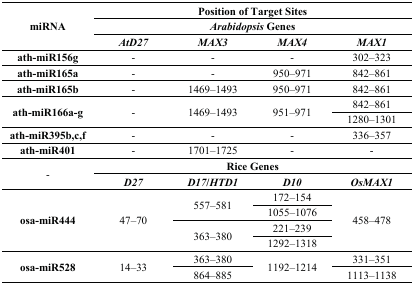
| <ROWSPAN=3> miRNA | <COLSPAN=4> Position of Target Sites |
 | <COLSPAN=4> Arabidopsis Genes |
 | AtD27 | MAX3 | MAX4 | MAX1 |
 | --- | --- | --- | --- | --- |
 | ath-miR156g | - | - | - | 302–323 |
 | ath-miR165a | - | - | 950–971 | 842–861 |
 | ath-miR165b | - | 1469–1493 | 950–971 | 842–861 |
 | <ROWSPAN=2> ath-miR166a-g | <ROWSPAN=2> - | <ROWSPAN=2> 1469–1493 | <ROWSPAN=2> 951–971 | 842–861 |
 | 1280–1301 |
 | ath-miR395b,c,f | - | - | - | 336–357 |
 | ath-miR401 | - | 1701–1725 | - | - |
 | <ROWSPAN=2> - | <COLSPAN=4> Rice Genes |
 | D27 | D17/HTD1 | D10 | OsMAX1 |
 | <ROWSPAN=4> osa-miR444 | <ROWSPAN=4> 47–70 | <ROWSPAN=2> 557–581 | 172–154 | <ROWSPAN=4> 458–478 |
 | 1055–1076 |
 | <ROWSPAN=2> 363–380 | 221–239 |
 | 1292–1318 |
 | <ROWSPAN=2> osa-miR528 | <ROWSPAN=2> 14–33 | 363–380 | <ROWSPAN=2> 1192–1214 | 331–351 |
 | 864–885 | 1113–1138 |